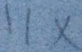
1 1 x